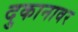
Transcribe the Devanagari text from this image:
दुकानावर